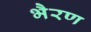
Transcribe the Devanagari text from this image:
भैरण